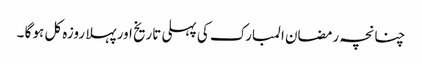
چنانچہ رمضان المبارک کی پہلی تاریخ اور پہلا روزہ کل ہو گا ۔